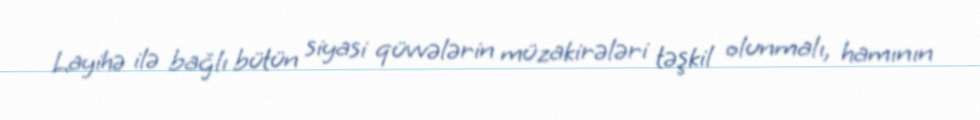
Layihə ilə bağlı bütün siyasi qüvvələrin müzakirələri təşkil olunmalı, hamının